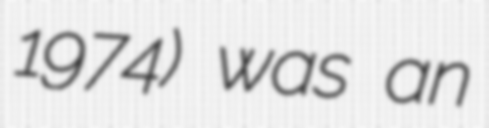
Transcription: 1974) was an